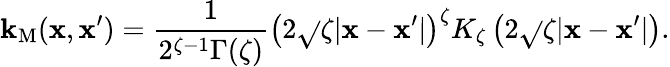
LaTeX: \mathbf{k}_{\mathrm{{M}}}(\mathbf{{x}},\mathbf{{x}}^{\prime})=\frac{{1}}{{2^{\zeta-1}\Gamma(\zeta)}}\left(2\sqrt{}{{\zeta}}|\mathbf{{x}}-\mathbf{{x}}^{\prime}|\right)^{\zeta}K_{\zeta}\left(2\sqrt{}{{\zeta}}|\mathbf{{x}}-\mathbf{{x}}^{\prime}|\right).